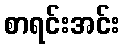
စာရင်းအင်း